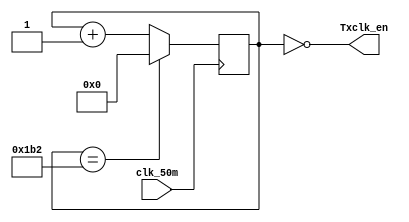
//This is a baud rate generator to divide a 50MHz clock into a 115200 baud Tx/Rx pair.
//The Rx clock oversamples by 16x.
 
module baudrate  (input wire clk_50m,
						output wire Txclk_en
						);
//Our Testbench uses a 50 MHz clock.
//Want to interface to 115200 baud UART for Tx/Rx pair
//Hence, 50000000 / 115200 = 435 Clocks Per Bit.
parameter TX_ACC_MAX = 50000000 / 115200;
parameter TX_ACC_WIDTH = $clog2(TX_ACC_MAX);
reg [TX_ACC_WIDTH - 1:0] tx_acc = 0;

assign Txclk_en = (tx_acc == 9'd0);

always @(posedge clk_50m) begin
	if (tx_acc == TX_ACC_MAX[TX_ACC_WIDTH - 1:0])
		tx_acc <= 0;
	else
		tx_acc <= tx_acc + 9'b1; //increment by 000000001
end

endmodule